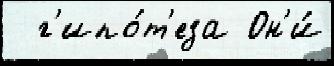
  г'ипо́т'еза Он'и́